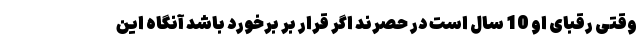
وقتی رقبای او 10 سال است در حصرند اگر قرار بر برخورد باشد آنگاه این